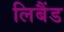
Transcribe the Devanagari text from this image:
लिबैंड